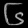
Digit: ၆